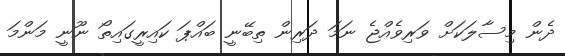
ދެން މިސާލަކަށް ވަރިވެއްޖެ ނަމަ ދަރިން ތިބޭނީ ބައްޕަ ކައިރީގައިތޯ ނޫނީ މަންމަ